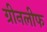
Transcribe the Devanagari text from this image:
ग्रीनलीफ